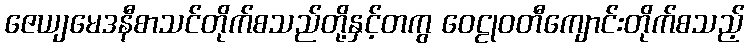
ဇေယျမေဒနီစာသင်တိုက်စသည်တို့နှင့်တကွ ဝေဠုဝတီကျောင်းတိုက်စသည့်